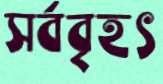
সর্ববৃহৎ